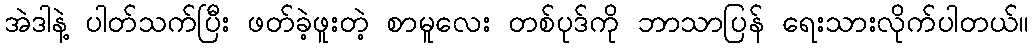
အဲဒါနဲ့ ပါတ်သက်ပြီး ဖတ်ခဲ့ဖူးတဲ့ စာမူလေး တစ်ပုဒ်ကို ဘာသာပြန် ရေးသားလိုက်ပါတယ်။